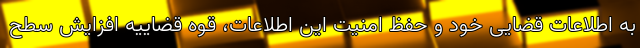
به اطلاعات قضایی خود و حفظ امنیت این اطلاعات، قوه قضاییه افزایش سطح